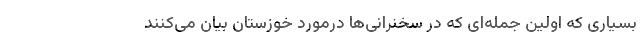
بسیاری که اولین جمله‌ای که در سخنرانی‌ها درمورد خوزستان بیان می‌کنند